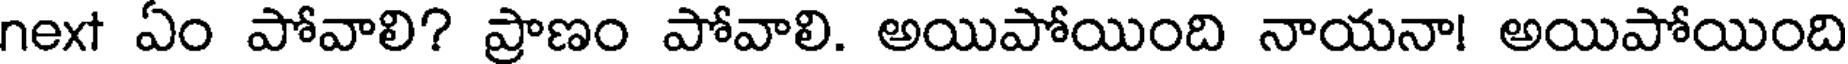
next ఏం పోవాలి? ప్రాణం పోవాలి. అయిపోయింది నాయనా! అయిపోయింది